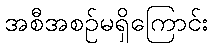
အစီအစဉ်မရှိကြောင်း